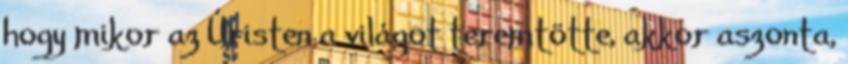
hogy mikor az Úristen a világot teremtötte, akkor aszonta,